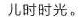
儿时时光。